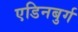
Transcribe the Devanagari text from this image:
एडिनबुर्ग